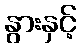
နွားနှင့်